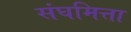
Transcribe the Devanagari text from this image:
संघमित्ता